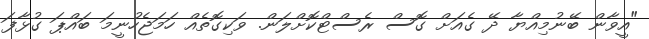
"އީވާން ބޭނުމިއްޔާ ދޭ ގެއަށް ގޮސް ރެސްޓްކޮށްލަން. ވަކިގޮތެއް ހަމަޖެހުނީމަ ބައްޕަ ގުޅާފަ